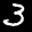
Label: 3